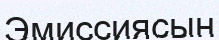
Эмиссиясын